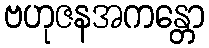
ဗဟုဇနအကန္တော